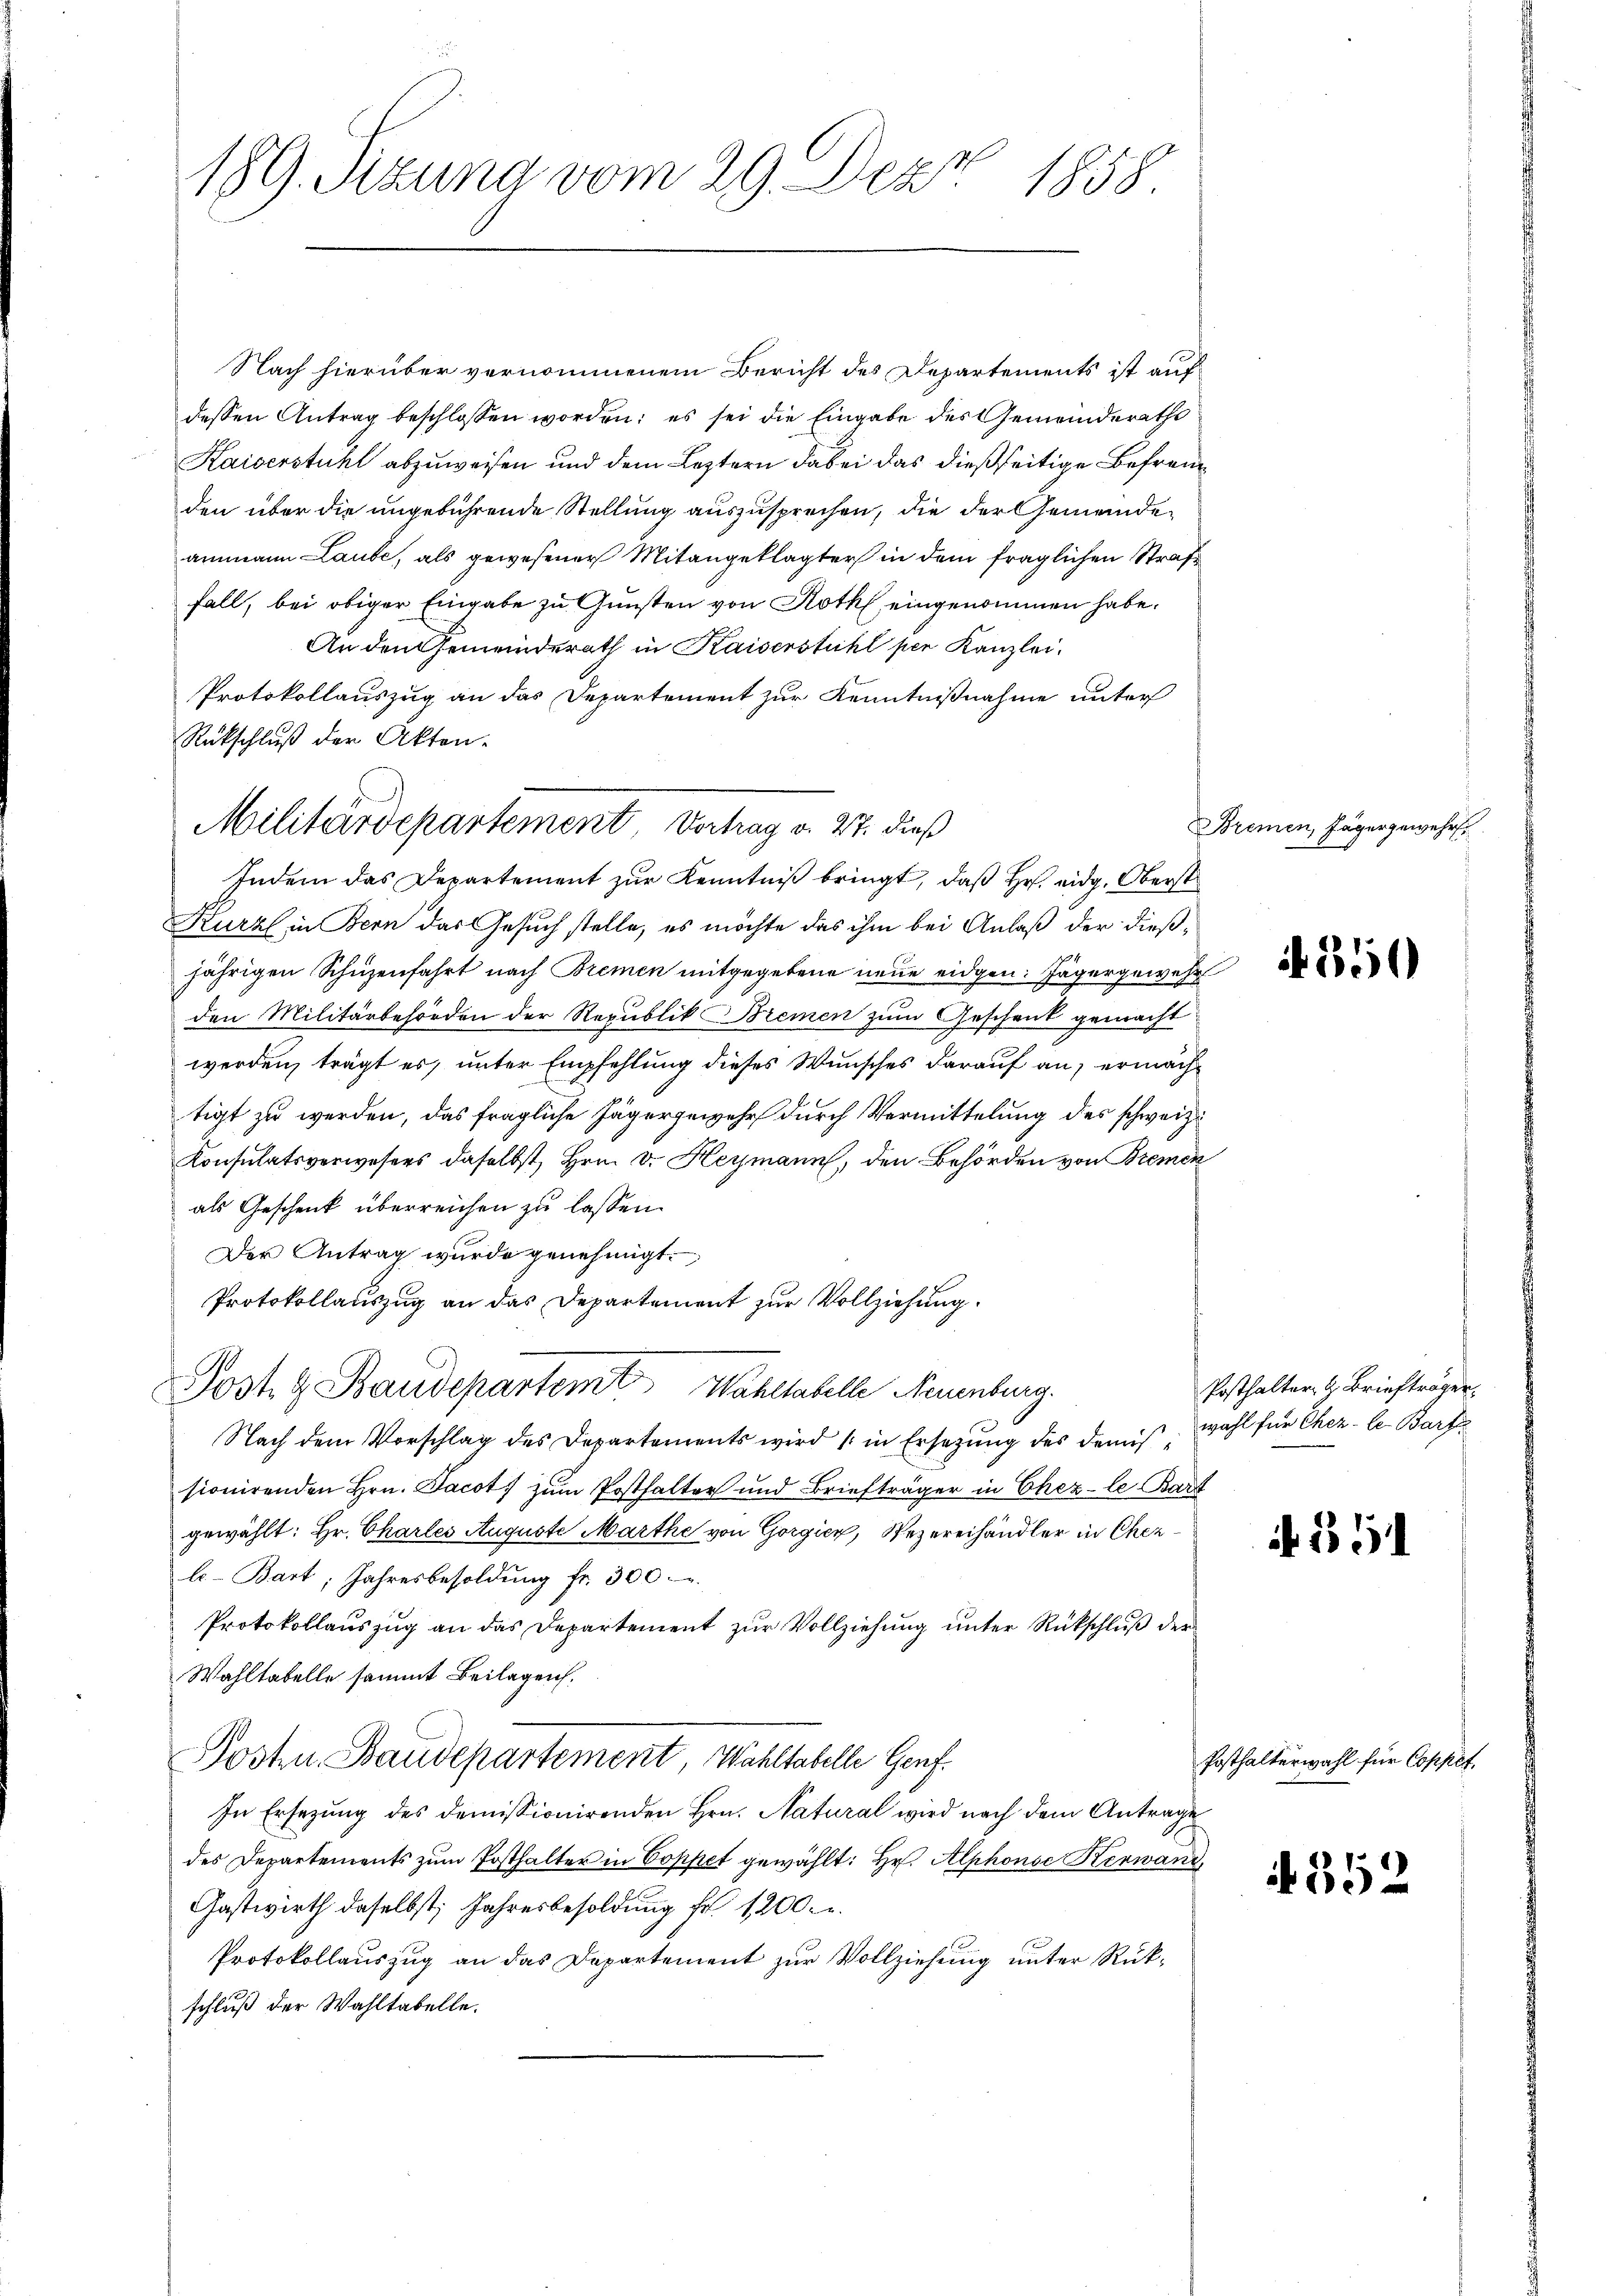
189. Sizung vom 29. Dez. 1858.

Nach hierüber vernommenem Bericht des Departements ist auf
dessen Antrag beschlossen worden; es sei die Eingabe des Gemeinderaths
Kaiserstuhl abzuweisen und dem Leztern dabei das dießseitige Befremden über die angebührende Stellung auszusprechen, die der Gemeindeammann Laube, als gewesener Mitangeklagter in dem fraglichen Strafe
fall, bei obiger Eingabe zu Gunsten von Roth eingenommen habe.
An den Gemeinderath in Kaiserstuhl per Kanzlei.
Protokollauszug an das Departement zur Kenntnißnahme unter
Rückschluß der Akten.
Kurz in Bern das Gesuch stelle, es möchte das ihm bei Anlaß der dießjährigen Schüzenfahrt nach Bremen mitgegebene neue eidgen: Jägergewese
den Militärbehörden der Republik Bremen zum Geschenk gemacht
werden, trägt es, unter Empfehlung dieses Wunsches darauf an, ermächtigt zu werden, das fragliche Jägergewehr durch Vermittelung des schweiz.
Konsulatsverwesens daselbst, Hrn. Dr. Heymann, den Behörden von Bremen
als Geschenk überreichen zu lassen.
Der Antrag wurde genehmigt.
Protokollauszug an das Departement zur Vollziehung.
Post & Baudepartemt Wahllabelle Neuenburg.
Nach dem Vorschlag des Departements wird in Ersetzung des demis, wohl für Cher- le Barte
sionirenden Hrn. Jacots zum Posthalter und Briefträger in Chez-le. Bart
gewählt: Hr. Charles Auguste Marthe von Gorgier, Rezereihändler in Cherl. Bart; Jahresbesoldŭng fr. 300.
Protokollauszug an das Departement zur Vollziehung unter Rückschluß der
Wahltabelle sammt Beilagen.
Posten Baudepartement, Waltabelle Genf
In Ersezung des demissionirenden Hrn. Natural wird nach dem Antrage
des Departements zŭm Posthalter in Coppet gewählt: Hr. Alphonse Kerwand
Gastwirth daselbst, Jahresbesoldung fr. 1200.
Protokollauszug an das Departement zur Vollziehung unter Rükschluß der Wahltabelle.

Militärdepartement Vortrag v. 27. dieß
Indem das Departement zur Kenntniß bringt, daß Hr. eidg. Oberst

Bremen, Jägergewehr.

350

Posthalter. H. Briefträger.

51

Posthalterwahl für Coppet

352